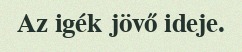
Az igék jövő ideje.